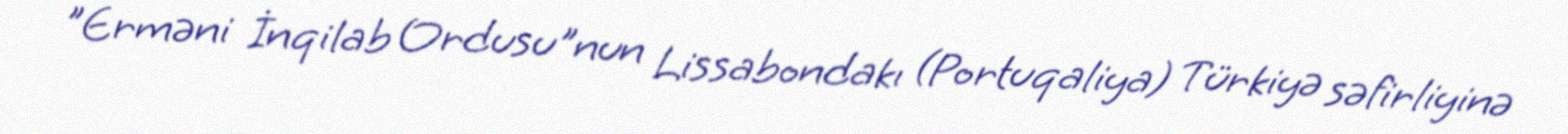
"Erməni İnqilab Ordusu"nun Lissabondakı (Portuqaliya) Türkiyə səfirliyinə